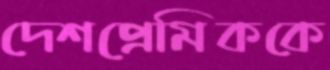
দেশপ্রেমিককে